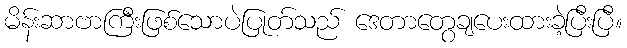
မိန်းဆာဗာကြီးဖြစ်သောပဲပြုတ်သည် ဒေတာတွေချပေးထားခဲ့ပြီးပြီ။